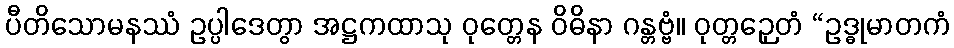
ပီတိသောမနဿံ ဥပ္ပါဒေတွာ အဋ္ဌကထာသု ဝုတ္တေန ဝိဓိနာ ဂန္တဗ္ဗံ။ ဝုတ္တဉှေတံ “ဥဒ္ဓုမာတကံ